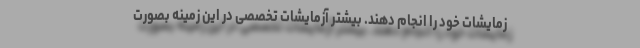
زمایشات خود را انجام دهند. بیشتر آزمایشات تخصصی در این زمینه بصورت